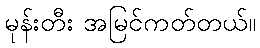
မုန်းတီး အမြင်ကတ်တယ်။